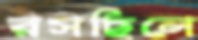
রসছিলে